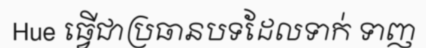
Hue ធ្វើជាប្រធានបទដែលទាក់ ទាញ